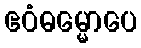
ဧဝံဓမ္မောပေ